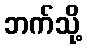
ဘက်သို့